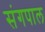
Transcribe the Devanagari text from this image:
संगपाल